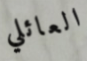
العائلي